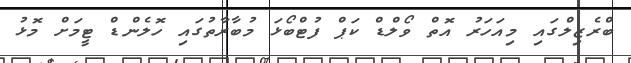
ބްރެޒިލްގައި މިއަހަރު އޮތް ވޯލްޑް ކަޕް ފުޓްބޯޅަ މުބާރާތުގައި ހޮލެންޑް ޓީމަށް މޮޅު